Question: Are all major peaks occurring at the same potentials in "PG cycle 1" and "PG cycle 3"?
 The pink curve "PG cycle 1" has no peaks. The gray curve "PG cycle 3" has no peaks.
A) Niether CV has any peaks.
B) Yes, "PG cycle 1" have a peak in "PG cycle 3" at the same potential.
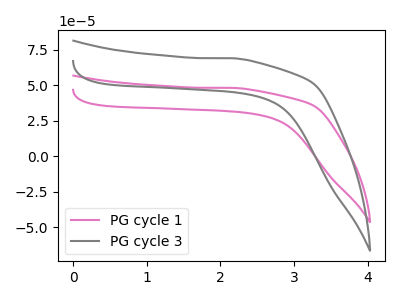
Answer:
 <answer>A) Niether CV has any peaks.</answer>
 <eval>A</eval>